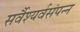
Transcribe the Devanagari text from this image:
सर्वैश्यर्वसंपन्न